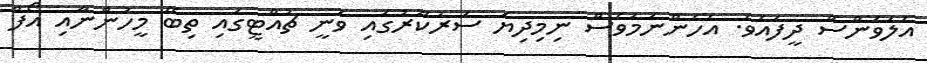
އެލަވަންސް ދީފައެވެ. އެހެންނަމަވެސް ނިމިދިޔަ ސަރުކާރުގައި ވަނީ ޗުއްޓީގައި ތިބޭ މީހުންނާއި އޯފް